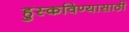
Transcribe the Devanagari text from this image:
हुस्कविण्यासाठी